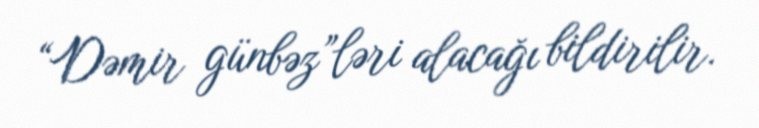
“Dəmir günbəz”ləri alacağı bildirilir.